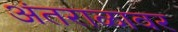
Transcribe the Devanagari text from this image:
अंतराळावर